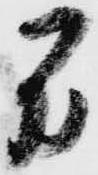
間